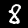
Label: 8